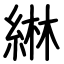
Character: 綝